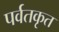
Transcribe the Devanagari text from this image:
पर्वतकृत